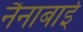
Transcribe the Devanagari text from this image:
नैनाबाई